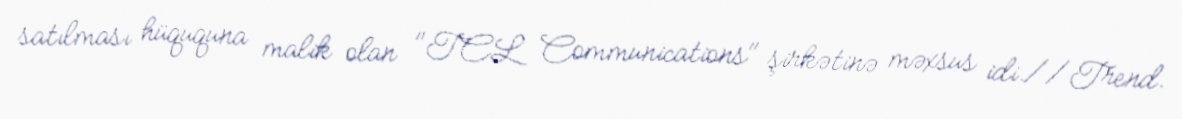
satılması hüququna malik olan "TCL Communications" şirkətinə məxsus idi.//Trend.